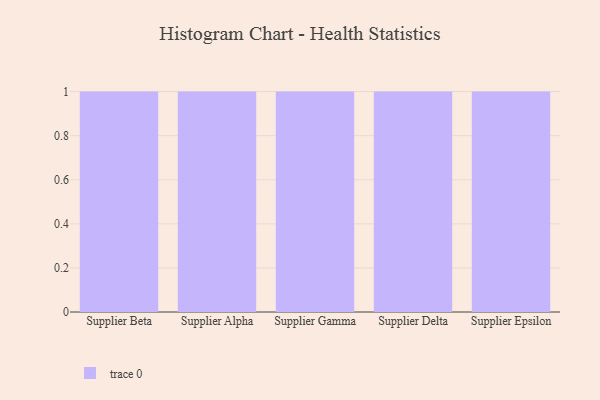
{"axis": {"x": "Supplier", "y": "Operating Costs (USD K)"}, "legend": [""], "data": [{"x": "Supplier Beta", "y": 73, "type": ""}, {"x": "Supplier Alpha", "y": 9, "type": ""}, {"x": "Supplier Gamma", "y": 12, "type": ""}, {"x": "Supplier Delta", "y": 31, "type": ""}, {"x": "Supplier Epsilon", "y": 40, "type": ""}]}